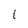
Character: I